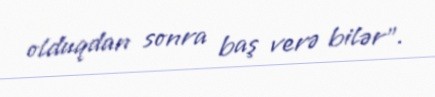
olduqdan sonra baş verə bilər".